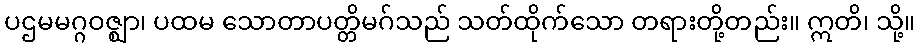
ပဌမမဂ္ဂဝဇ္ဈာ၊ ပထမ သောတာပတ္တိမဂ်သည် သတ်ထိုက်သော တရားတို့တည်း။ ဣတိ၊ သို့။